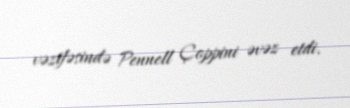
vəzifəsində Pennell Çoppini əvəz etdi.